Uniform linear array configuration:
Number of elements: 32
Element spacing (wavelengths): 1
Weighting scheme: hamming
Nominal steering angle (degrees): -45
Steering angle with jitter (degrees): -45.864
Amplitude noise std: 0.05
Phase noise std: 0.05

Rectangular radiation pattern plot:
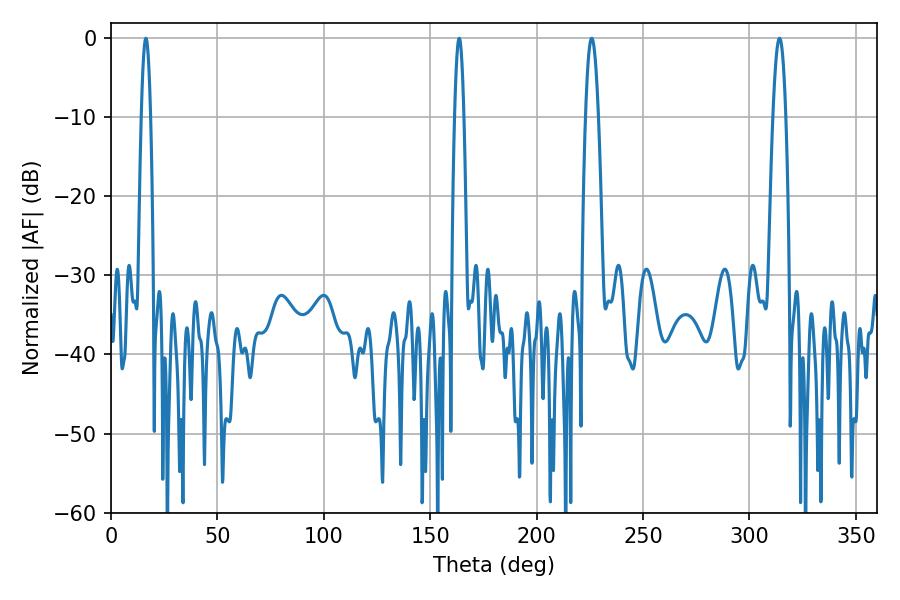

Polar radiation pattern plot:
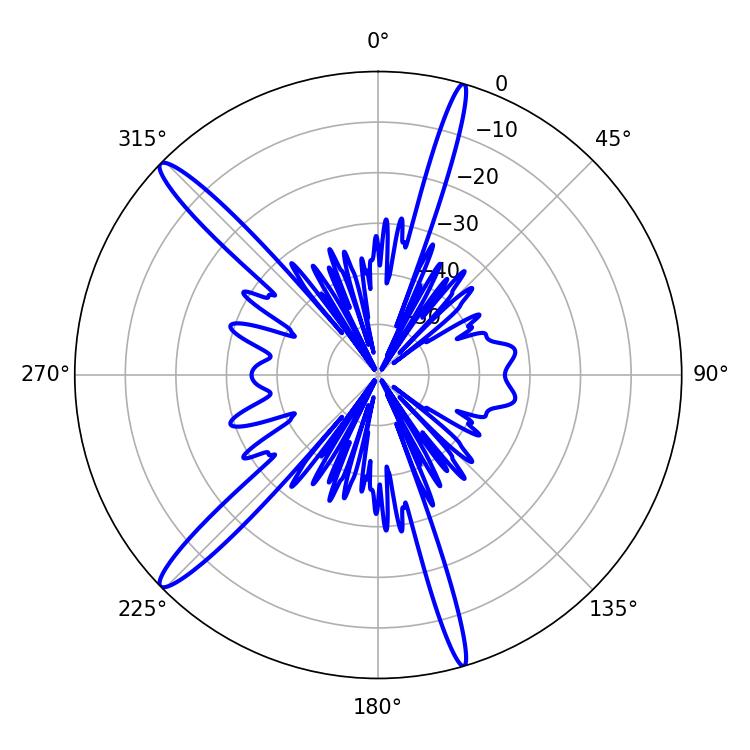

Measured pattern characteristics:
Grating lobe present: TRUE
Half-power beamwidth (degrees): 2.34
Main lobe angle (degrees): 16.38